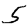
Digit: 5